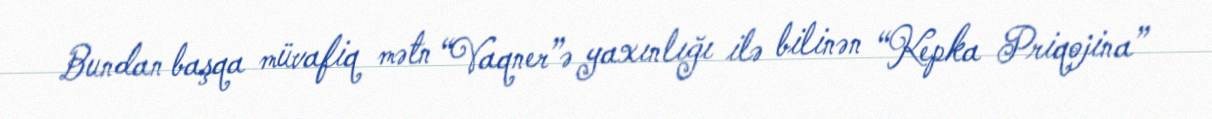
Bundan başqa müvafiq mətn “Vaqner”ə yaxınlığı ilə bilinən “Kepka Priqojina”